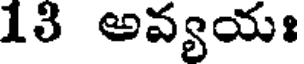
13 అవ్యయః